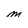
Character: M